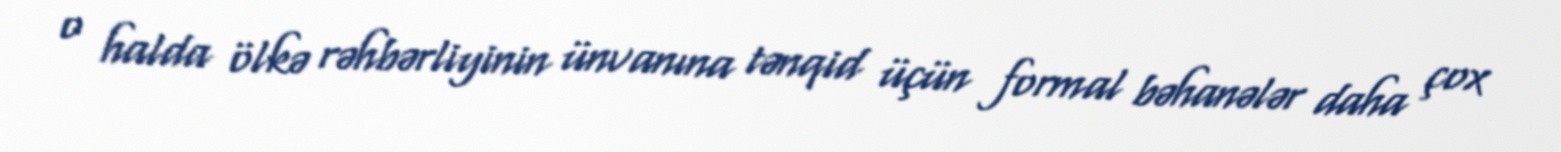
o halda ölkə rəhbərliyinin ünvanına tənqid üçün formal bəhanələr daha çox